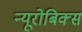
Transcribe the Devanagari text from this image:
न्यूरोबिक्स